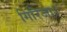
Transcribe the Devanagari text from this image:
गिरिजा।